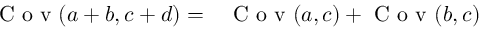
\begin{array} { r l } { \mathrm { ~ C ~ o ~ v ~ } ( a + b , c + d ) = } & { { } \mathrm { ~ C ~ o ~ v ~ } ( a , c ) + \mathrm { ~ C ~ o ~ v ~ } ( b , c ) } \end{array}